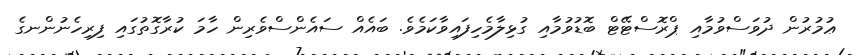
ޢުމުރުން ދުވަސްވުމާއި ޕްރޮސްޓޭޓް ބޮޑުވުމާއި ގުޅިލާމެހިފައިވާކަމެވެ. ބައެއް ސައެންސްވެރިން ހާމަ ކުރާގޮތުގައި ފިރިހެނުންނގެ